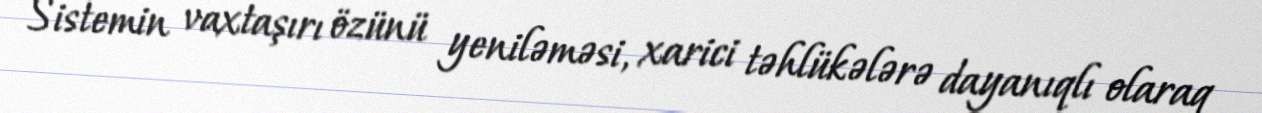
Sistemin vaxtaşırı özünü yeniləməsi, xarici təhlükələrə dayanıqlı olaraq